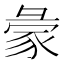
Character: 𧰺